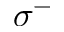
\sigma ^ { - }